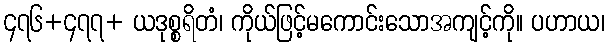
၄၇၆+၄၇၇+ ယဒုစ္စရိတံ၊ ကိုယ်ဖြင့်မကောင်းသောအကျင့်ကို။ ပဟာယ၊